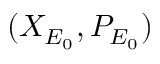
( X _ { E _ { 0 } } , P _ { E _ { 0 } } )